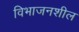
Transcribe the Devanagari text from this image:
विभाजनशील